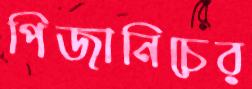
পিজানিচের